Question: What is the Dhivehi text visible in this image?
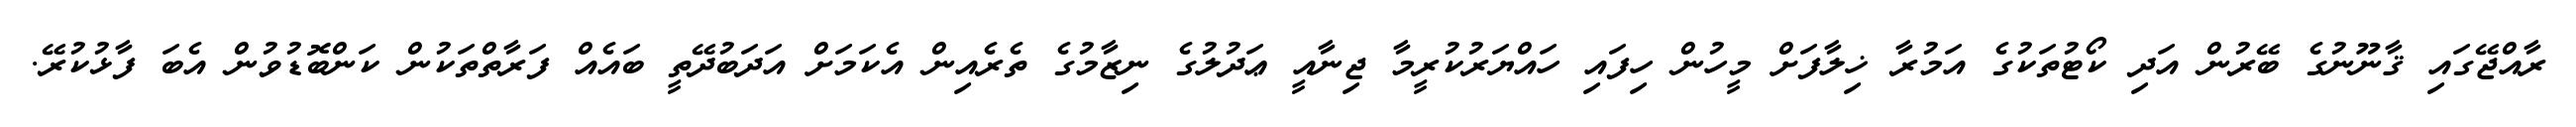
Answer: ރާއްޖޭގައި ޤާނޫނުގެ ބޭރުން އަދި ކޯޓުތަކުގެ އަމުރާ ޚިލާފަށް މީހުން ހިފައި ހައްޔަރުކުރީމާ ޖިނާއީ ޢަދުލުގެ ނިޒާމުގެ ތެރެއިން އެކަމަށް އަދަބުދޭތީ ބައެއް ފަރާތްތަކުން ކަންބޮޑުވުން އެބަ ފާޅުކުރޭ.